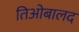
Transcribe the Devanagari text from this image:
तिओबालद